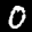
Label: 0